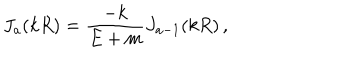
J _ { a } ( k R ) = \frac { - k } { E + m } J _ { a - 1 } ( k R ) \, ,